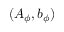
( A _ { \phi } , b _ { \phi } )